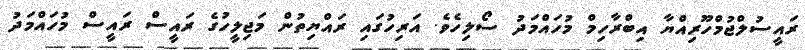
ރައީސުލްޖުމްހޫރިއްޔާ އިބްރާހިމް މުހައްމަދު ސޯލިހެވެ. އަރިހުގައި ރައްޔިތުން މަޖިލީހުގެ ރައީސް ރައީސް މުހައްމަދު